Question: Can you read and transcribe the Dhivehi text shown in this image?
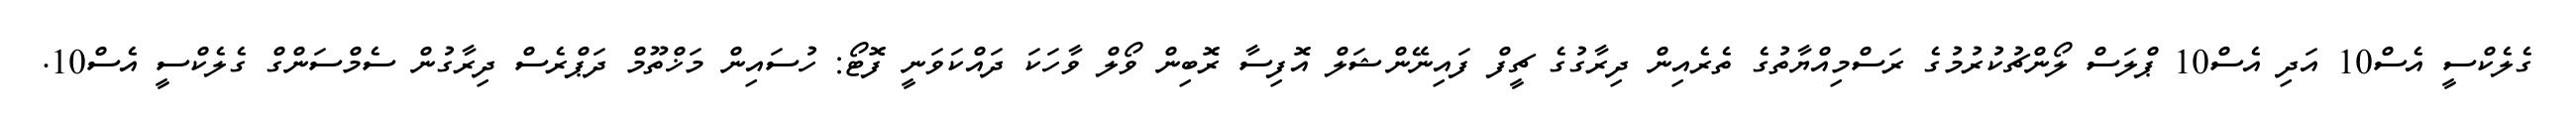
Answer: ގެލެކްސީ އެސް10 އަދި އެސް10 ޕްލަސް ލޯންޗުކުރުމުގެ ރަސްމިއްޔާތުގެ ތެރެއިން ދިރާގުގެ ޗީފް ފައިނޭންޝަލް އޮފިސާ ރޮބިން ވޯލް ވާހަކަ ދައްކަވަނީ ފޮޓޯ: ހުސައިން މަޚްތޫމް ދަޕްރެސް ދިރާގުން ސެމްސަންގް ގެލެކްސީ އެސް10.